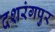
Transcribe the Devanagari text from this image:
दशरंगपुर